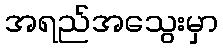
အရည်အသွေးမှာ